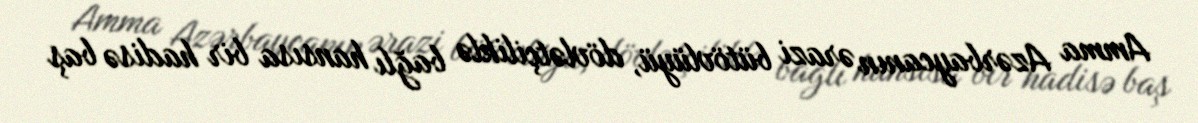
Amma Azərbaycanın ərazi bütövlüyü, dövlətçiliklə bağlı hansısa bir hadisə baş